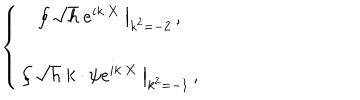
\left\{ \begin{array} { c } { { \left. \oint \sqrt { h } \ e ^ { i k \cdot X } \ \right| _ { k ^ { 2 } = - 2 } \, , } } \\ { { \left. \oint \sqrt { h } \ k \cdot \psi e ^ { i k \cdot X } \ \right| _ { k ^ { 2 } = - 1 } \, , } } \\ \end{array} \right.